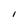
Character: l